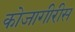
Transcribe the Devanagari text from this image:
कोजागीरीस